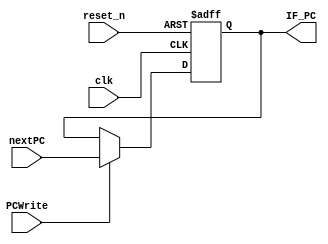
`timescale 1ns / 1ps
//////////////////////////////////////////////////////////////////////////////////
// Company: 
// Engineer: 
// 
// Design Name: 
// Module Name: PC
// Project Name: 
// Target Devices: 
// Tool Versions: 
// Description: 
// 
// Dependencies: 
// 
// Revision:
// Revision 0.01 - File Created
// Additional Comments:
// 
//////////////////////////////////////////////////////////////////////////////////


module PC(
    input clk,
    input reset_n,
    input PCWrite,
    input [19:0] nextPC,
    output reg [19:0] IF_PC
    );
    
    always @ (posedge clk or negedge reset_n) begin
        if (!reset_n) begin
            IF_PC <= 0;
        end
        else begin
        	if (PCWrite) begin
            	IF_PC <= nextPC;
            end
            else begin
            	IF_PC <= IF_PC;
            end
        end
    end
    
endmodule